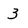
Character: 3